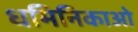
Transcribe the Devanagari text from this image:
धमिनिकाओ